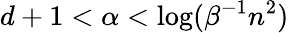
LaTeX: d+1<\alpha<\log(\beta^{-1}n^{2})